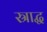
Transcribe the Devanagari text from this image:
स्राद्ध